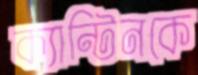
ক্যান্টিনকে